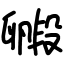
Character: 毈